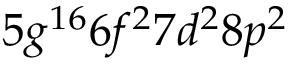
5 g ^ { 1 6 } 6 f ^ { 2 } 7 d ^ { 2 } 8 p ^ { 2 }